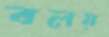
বলয়